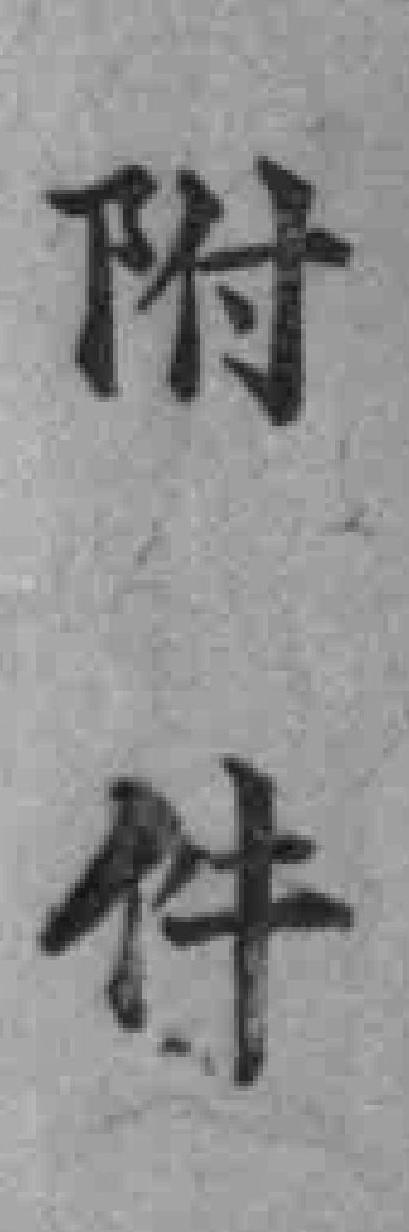
附件